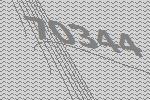
70344